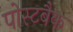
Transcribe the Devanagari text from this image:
पोस्टबैक